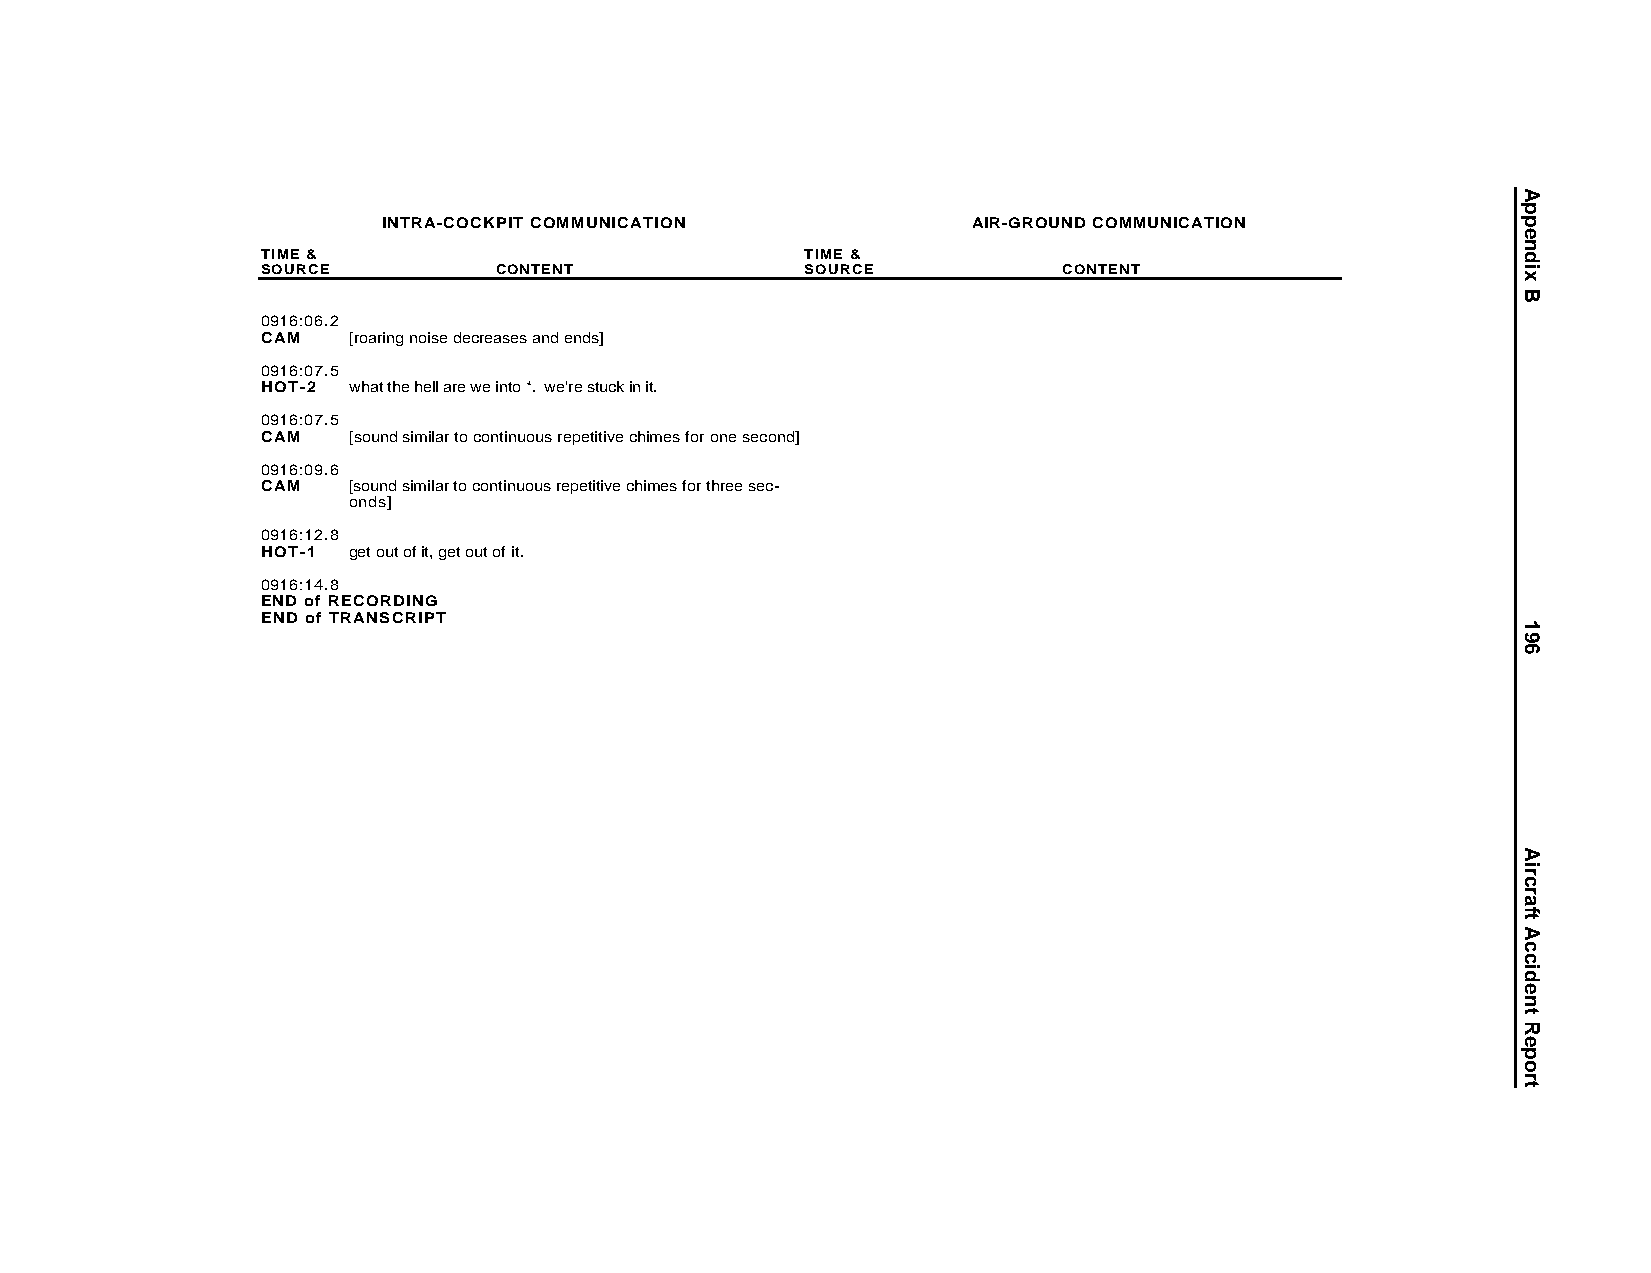
INTRA-COCKPIT COMMUNICATION            AIR-GROUND COMMUNICATION
 TIME &                              TIME &
 SOURCE          CONTENT             SOURCE           CONTENT
 0916:06.2
 CAM   [roaring noise decreases and ends]
 0916:07.5
 HOT-2 what the hell are we into *. we're stuck in it.
 0916:07.5
 CAM   [sound similar to continuous repetitive chimes for one second]
 0916:09.6
 CAM   [sound similar to continuous repetitive chimes for three sec-
 onds]
 0916:12.8
 HOT-1 get out of it, get out of it.
 0916:14.8
 END of RECORDING
 END of TRANSCRIPT
 Appendix
 B
 196
 AircraftAccidentReport